Punjab Mental Hospital Lahore 1932-46 - 1932-1946
Year: 1932
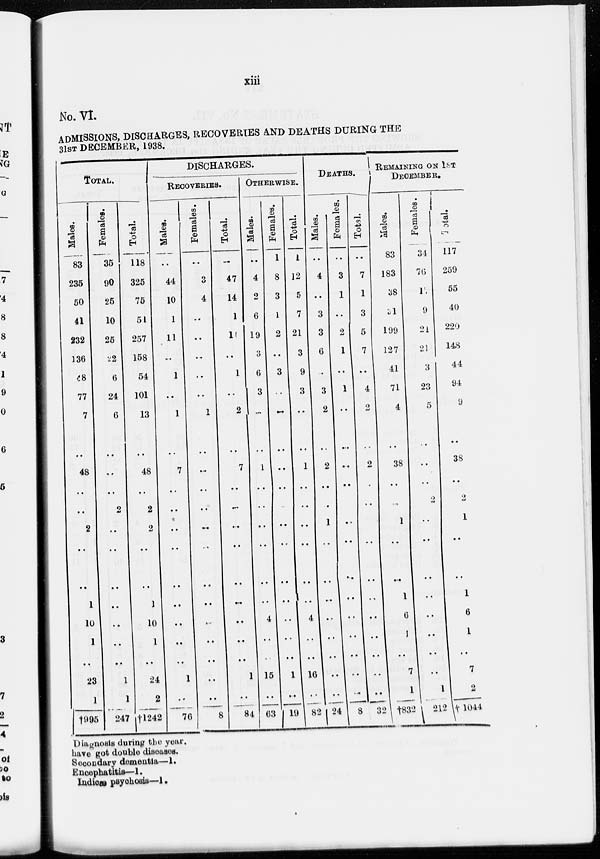
xiii
No. VI.
ADMISSIONS, DISCHARGES, RECOVERIES AND DEATHS DURING THE
31ST DECEMBER, 1938.
TOTAL.
Males.
83
235
50
41
232
136
48
77
7
..
48
..
..
2
..
..
1
10
1
..
23
1
†995
Females.
35
90
25
10
25
22
6
24
6
..
..
..
2
..
..
..
..
..
..
..
1
1
247
Total.
118
325
75
51
257
158
54
101
13
..
48
..
2
2
..
..
1
10
1
..
24
2
†l242
DISCHARGES.
RECOVERIES.
Males.
..
44
10
1
11
..
1
..
1
..
7
..
..
..
..
..
..
..
..
..
1
..
76
Females.
..
3
4
..
..
..
..
..
1
..
..
..
..
..
..
..
..
..
..
..
..
..
8
Total.
..
47
14
1
11
..
1
..
2
..
7
..
..
..
..
..
..
..
..
..
1
..
84
OTHERWISE.
Males.
..
4
2
6
19
3
6
3
..
..
1
..
..
..
..
..
..
4
..
..
15
..
63
Females.
1
8
3
1
2
..
3
..
..
..
..
..
..
..
..
..
..
..
..
..
1
..
19
Total.
1
12
5
7
21
3
9
3
..
..
1
..
..
..
..
..
..
4
..
..
16
..
82
DEATHS.
Males.
..
4
..
3
3
6
..
3
2
..
2
..
..
1
..
..
..
..
..
..
..
..
24
Females.
..
3
1
..
2
1
..
1
..
..
..
..
..
..
..
..
..
..
..
..
..
..
8
Total.
..
7
1
3
5
7
..
4
2
..
2
..
..
1
..
..
..
..
..
..
..
..
32
REMAINING ON 1ST
DECEMBER.
Males.
83
183
38
31
199
127
41
71
4
..
38
..
...
1
..
..
1
6
1
..
7
1
†832
Females.
34
76
17
9
21
21
3
23
5
..
..
..
2
..
..
..
..
..
..
..
..
1
212
Total.
117
259
55
40
220
148
44
94
9
..
38
..
2
1
..
..
1
6
1
..
7
2
†1044
Diagnosis during the year.
have got double diseases.
Secondary dementia—1.
Encephatitis—1.
Indicæ psychosis—1.